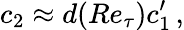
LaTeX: c_{2}\approx d(Re_{\tau})c_{1}^{\prime}\, ,